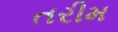
તરીમ